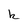
Character: k